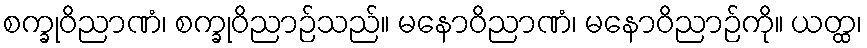
စက္ခုဝိညာဏံ၊ စက္ခုဝိညာဉ်သည်။ မနောဝိညာဏံ၊ မနောဝိညာဉ်ကို။ ယတ္ထ၊